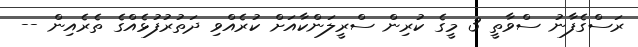
ރަސްގެފާނު ސްވާތީ 3 މީގެ ކުރިން ސްރީލަންކާއަށް ކުރެއްވި ދަތުރުފުޅެއްގެ ތެރެއިން --